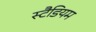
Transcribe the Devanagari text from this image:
स्टैडियम